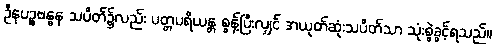
ဦနပဉ္စဗန္ဓန သပိတ်၌လည်း ပတ္တပရိယန္တ စွန့်ပြီးလျှင် အယုတ်ဆုံးသပိတ်သာ သုံးစွဲခွင့်ရသည်။